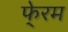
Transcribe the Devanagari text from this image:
फे्रम